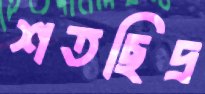
শতছিদ্র